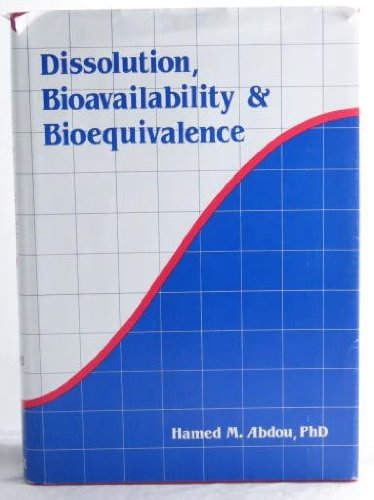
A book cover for Dissolution, Bioavailability & Bioequivalence; Hamed M. Abdou; Medical Books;